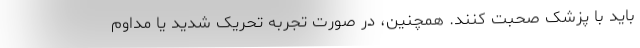
باید با پزشک صحبت کنند. همچنین، در صورت تجربه تحریک شدید یا مداوم